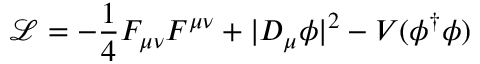
{ \mathcal L } = - \frac { 1 } { 4 } F _ { \mu \nu } F ^ { \mu \nu } + \vert D _ { \mu } \phi \vert ^ { 2 } - V ( \phi ^ { \dagger } \phi )